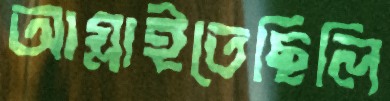
আগ্‌লাইতেছিলি